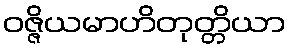
ဝဇ္ဇိယမာဟိတုတ္တိယာ